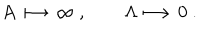
A \longmapsto \infty \ , \qquad \Lambda \longmapsto 0 \ .